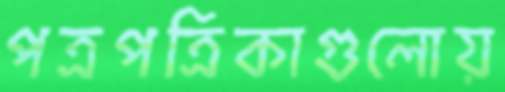
পত্রপত্রিকাগুলোয়